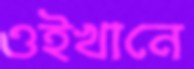
ওইখানে